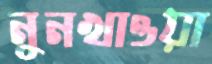
নুনখাওয়া